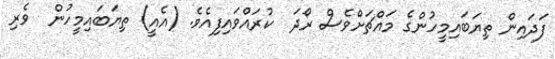
ފަދައިން ތިޔަބައިމީހުންގެ މައްޗަށްވެސް ރޯދަ  ކުރައްވައިފިއެވެ. (އެއީ) ތިޔަބައިމީހުން  ވެރި